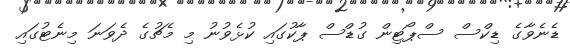
ޑެނެވާގެ ޑިކްސް ސްޕޯޓިން ގުޑްސް ޕާކުގައި ކުޅެވުނު މި މެޗުގެ ދެވަނަ މިނެޓުގައި